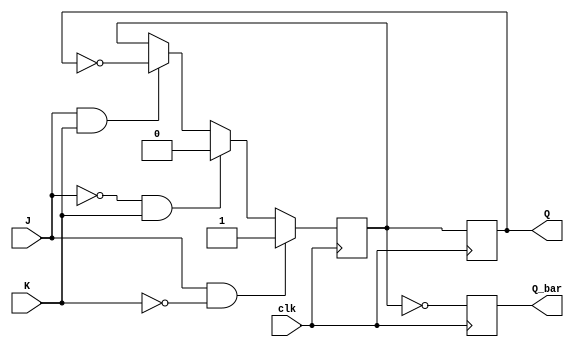
module positive_edge_JK_flip_flop(
    input clk,
    input J,
    input K,
    output reg Q,
    output reg Q_bar
);

reg Q_temp;

always @(posedge clk) begin
    if (J & ~K) begin
        Q_temp <= 1;
    end else if (~J & K) begin
        Q_temp <= 0;
    end else if (J & K) begin
        Q_temp <= ~Q;
    end
end

always @(posedge clk) begin
    Q <= Q_temp;
    Q_bar <= ~Q_temp;
end

endmodule